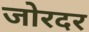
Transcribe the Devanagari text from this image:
जोरदर